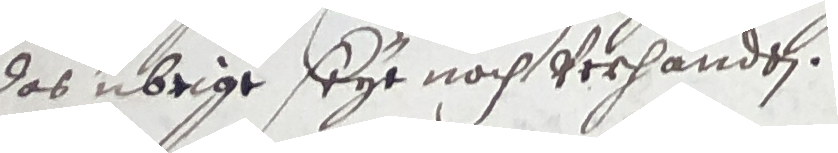
das übrige seye noch verhandeen.